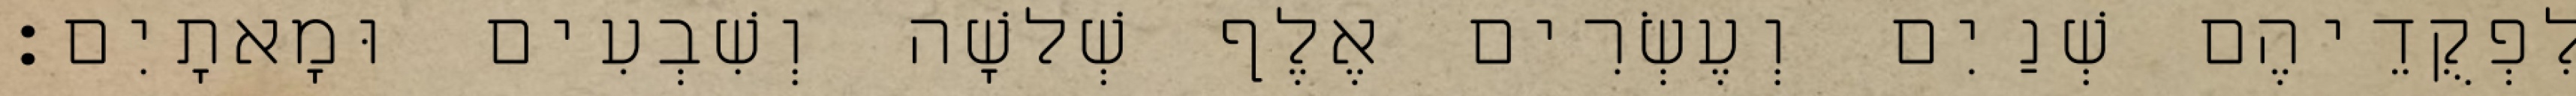
לִפְקֻדֵיהֶם שְׁנַיִם וְעֶשְׂרִים אֶלֶף שְׁלשָׁה וְשִׁבְעִים וּמָאתָיִם׃